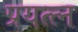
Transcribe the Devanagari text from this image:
प्रयत्त्न